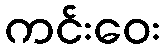
ကင်းဝေး